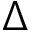
\Delta